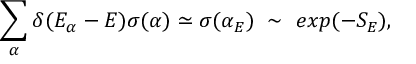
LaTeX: \sum _ { \alpha } \delta ( E _ { \alpha } - E ) \sigma ( \alpha ) \simeq \sigma ( \alpha _ { E } ) ~ \sim ~ e x p ( - S _ { E } ) ,